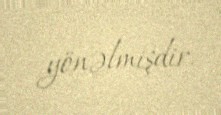
yönəlmişdir.